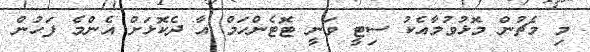
މި މެޗުން މޮޅުވުމާއެކު ސިޓީ ވަނީ ޓޮޓެންހަމް އާ ދެކޮޅަށް އެންމެ ފަހުން